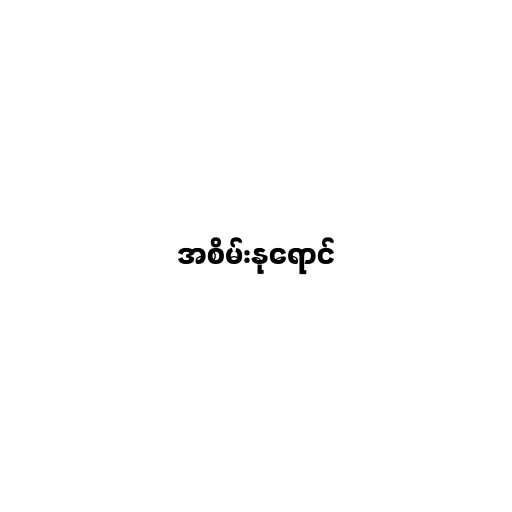
အစိမ်းနုရောင်